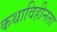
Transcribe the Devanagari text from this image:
कथाविहीनता